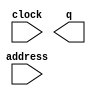
// megafunction wizard: %ROM: 1-PORT%VBB%
// GENERATION: STANDARD
// VERSION: WM1.0
// MODULE: altsyncram 

// ============================================================
// Megafunction Name(s):
// 			altsyncram
//
// Simulation Library Files(s):
// 			altera_mf
// ============================================================
// ************************************************************
// THIS IS A WIZARD-GENERATED FILE. DO NOT EDIT THIS FILE!
//
// 16.1.2 Build 203 01/18/2017 SJ Lite Edition
// ************************************************************

//Copyright (C) 2017  Intel Corporation. All rights reserved.
//Your use of Intel Corporation's design tools, logic functions 
//and other software and tools, and its AMPP partner logic 
//functions, and any output files from any of the foregoing 
//(including device programming or simulation files), and any 
//associated documentation or information are expressly subject 
//to the terms and conditions of the Intel Program License 
//Subscription Agreement, the Intel Quartus Prime License Agreement,
//the Intel MegaCore Function License Agreement, or other 
//applicable license agreement, including, without limitation, 
//that your use is for the sole purpose of programming logic 
//devices manufactured by Intel and sold by Intel or its 
//authorized distributors.  Please refer to the applicable 
//agreement for further details.

module MK9_gameover_rom (
	address,
	clock,
	q);

	input	[10:0]  address;
	input	  clock;
	output	[11:0]  q;
`ifndef ALTERA_RESERVED_QIS
// synopsys translate_off
`endif
	tri1	  clock;
`ifndef ALTERA_RESERVED_QIS
// synopsys translate_on
`endif

endmodule

// ============================================================
// CNX file retrieval info
// ============================================================
// Retrieval info: PRIVATE: ADDRESSSTALL_A NUMERIC "0"
// Retrieval info: PRIVATE: AclrAddr NUMERIC "0"
// Retrieval info: PRIVATE: AclrByte NUMERIC "0"
// Retrieval info: PRIVATE: AclrOutput NUMERIC "0"
// Retrieval info: PRIVATE: BYTE_ENABLE NUMERIC "0"
// Retrieval info: PRIVATE: BYTE_SIZE NUMERIC "8"
// Retrieval info: PRIVATE: BlankMemory NUMERIC "0"
// Retrieval info: PRIVATE: CLOCK_ENABLE_INPUT_A NUMERIC "0"
// Retrieval info: PRIVATE: CLOCK_ENABLE_OUTPUT_A NUMERIC "0"
// Retrieval info: PRIVATE: Clken NUMERIC "0"
// Retrieval info: PRIVATE: IMPLEMENT_IN_LES NUMERIC "0"
// Retrieval info: PRIVATE: INIT_FILE_LAYOUT STRING "PORT_A"
// Retrieval info: PRIVATE: INIT_TO_SIM_X NUMERIC "0"
// Retrieval info: PRIVATE: INTENDED_DEVICE_FAMILY STRING "Cyclone IV E"
// Retrieval info: PRIVATE: JTAG_ENABLED NUMERIC "0"
// Retrieval info: PRIVATE: JTAG_ID STRING "NONE"
// Retrieval info: PRIVATE: MAXIMUM_DEPTH NUMERIC "0"
// Retrieval info: PRIVATE: MIFfilename STRING "../rom_conversion/mif/gameover_rom.mif"
// Retrieval info: PRIVATE: NUMWORDS_A NUMERIC "2048"
// Retrieval info: PRIVATE: RAM_BLOCK_TYPE NUMERIC "2"
// Retrieval info: PRIVATE: RegAddr NUMERIC "1"
// Retrieval info: PRIVATE: RegOutput NUMERIC "1"
// Retrieval info: PRIVATE: SYNTH_WRAPPER_GEN_POSTFIX STRING "0"
// Retrieval info: PRIVATE: SingleClock NUMERIC "1"
// Retrieval info: PRIVATE: UseDQRAM NUMERIC "0"
// Retrieval info: PRIVATE: WidthAddr NUMERIC "11"
// Retrieval info: PRIVATE: WidthData NUMERIC "12"
// Retrieval info: PRIVATE: rden NUMERIC "0"
// Retrieval info: LIBRARY: altera_mf altera_mf.altera_mf_components.all
// Retrieval info: CONSTANT: ADDRESS_ACLR_A STRING "NONE"
// Retrieval info: CONSTANT: CLOCK_ENABLE_INPUT_A STRING "BYPASS"
// Retrieval info: CONSTANT: CLOCK_ENABLE_OUTPUT_A STRING "BYPASS"
// Retrieval info: CONSTANT: INIT_FILE STRING "../rom_conversion/mif/gameover_rom.mif"
// Retrieval info: CONSTANT: INTENDED_DEVICE_FAMILY STRING "Cyclone IV E"
// Retrieval info: CONSTANT: LPM_HINT STRING "ENABLE_RUNTIME_MOD=NO"
// Retrieval info: CONSTANT: LPM_TYPE STRING "altsyncram"
// Retrieval info: CONSTANT: NUMWORDS_A NUMERIC "2048"
// Retrieval info: CONSTANT: OPERATION_MODE STRING "ROM"
// Retrieval info: CONSTANT: OUTDATA_ACLR_A STRING "NONE"
// Retrieval info: CONSTANT: OUTDATA_REG_A STRING "CLOCK0"
// Retrieval info: CONSTANT: RAM_BLOCK_TYPE STRING "M9K"
// Retrieval info: CONSTANT: WIDTHAD_A NUMERIC "11"
// Retrieval info: CONSTANT: WIDTH_A NUMERIC "12"
// Retrieval info: CONSTANT: WIDTH_BYTEENA_A NUMERIC "1"
// Retrieval info: USED_PORT: address 0 0 11 0 INPUT NODEFVAL "address[10..0]"
// Retrieval info: USED_PORT: clock 0 0 0 0 INPUT VCC "clock"
// Retrieval info: USED_PORT: q 0 0 12 0 OUTPUT NODEFVAL "q[11..0]"
// Retrieval info: CONNECT: @address_a 0 0 11 0 address 0 0 11 0
// Retrieval info: CONNECT: @clock0 0 0 0 0 clock 0 0 0 0
// Retrieval info: CONNECT: q 0 0 12 0 @q_a 0 0 12 0
// Retrieval info: GEN_FILE: TYPE_NORMAL MK9_gameover_rom.v TRUE
// Retrieval info: GEN_FILE: TYPE_NORMAL MK9_gameover_rom.inc FALSE
// Retrieval info: GEN_FILE: TYPE_NORMAL MK9_gameover_rom.cmp FALSE
// Retrieval info: GEN_FILE: TYPE_NORMAL MK9_gameover_rom.bsf FALSE
// Retrieval info: GEN_FILE: TYPE_NORMAL MK9_gameover_rom_inst.v FALSE
// Retrieval info: GEN_FILE: TYPE_NORMAL MK9_gameover_rom_bb.v TRUE
// Retrieval info: LIB_FILE: altera_mf